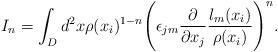
LaTeX: \begin{align*}I_n=\int_D d^2 x \rho(x_i)^{1-n}\Biggl(\epsilon_{jm}\frac{\partial}{\partial x_j}\frac{l_m(x_i)}{\rho(x_i)}\Biggr)^n.\end{align*}